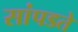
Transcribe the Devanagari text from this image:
सांपडते